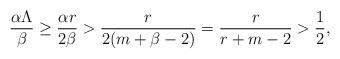
LaTeX: \begin{align*}\frac{\alpha\Lambda}{\beta} \geq \frac{\alpha r}{2\beta} > \frac{r}{2(m+\beta -2)} = \frac{r}{r+m -2} > \frac{1}{2},\end{align*}